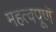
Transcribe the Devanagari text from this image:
महत्वपूणॅ